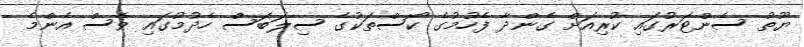
ޔޫތު ސެންޓަރުގައި ކުރިއަށް ގެންދާ ފެހުމުގެ ކޯސްތަކުގެ ސިލަބަސް ހެދުމުގައި ވެސް އެންމެ